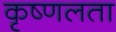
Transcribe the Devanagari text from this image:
कृष्णलता